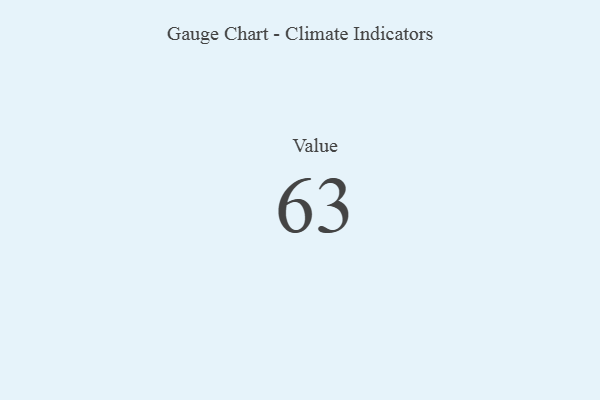
{"axis": {"x": "Metric", "y": "Value"}, "legend": [""], "data": [{"x": "Value", "y": 63, "type": ""}]}